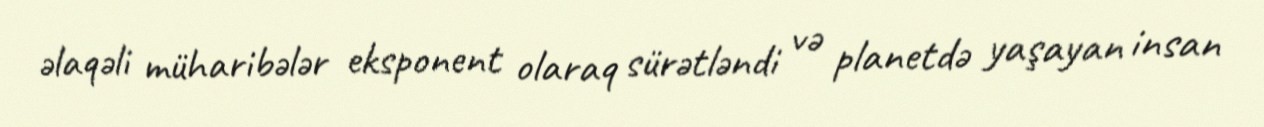
əlaqəli müharibələr eksponent olaraq sürətləndi və planetdə yaşayan insan